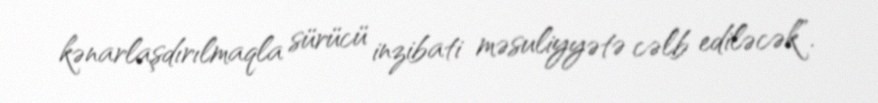
kənarlaşdırılmaqla sürücü inzibati məsuliyyətə cəlb ediləcək”.